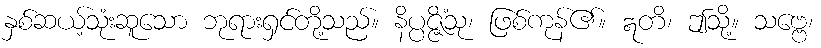
နှစ်ဆယ့်သုံးဆူသော ဘုရားရှင်တို့သည်။ နိပ္ပဇ္ဇိံသု၊ ဖြစ်ကုန်၏။ ဣတိ၊ ဤသို့။ သဗ္ဗေ၊